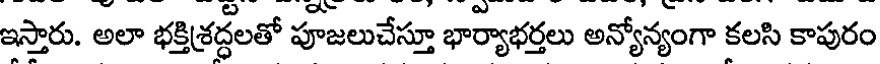
ఇస్తారు. అలా భక్తిశ్రద్ధలతో పూజలుచేస్తూ భార్యాభర్తలు అన్యోన్యంగా కలసి కాపురం